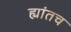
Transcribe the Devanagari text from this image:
ह्यांतच